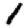
Digit: 1